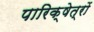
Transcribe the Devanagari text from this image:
पारिक्षेत्रों